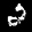
Label: 2